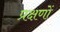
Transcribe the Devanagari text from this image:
प्रक्षणों